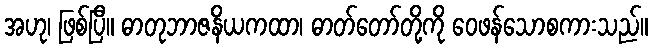
အဟု၊ ဖြစ်ပြီ။ ဓာတုဘာဇနိယကထာ၊ ဓာတ်တော်တို့ကို ဝေဖန်သောစကားသည်။